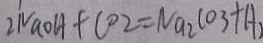
2 N a O H + C O 2 = N a _ { 2 } C O _ { 3 } + A ,